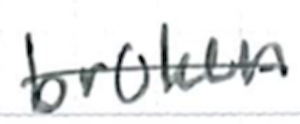
Text: broken
Cross-out: single-line
Writing tool: ballpoint